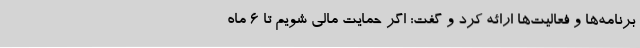
برنامه‌ها و فعالیت‌ها ارائه کرد و گفت: اگر حمایت مالی شویم تا 6 ماه